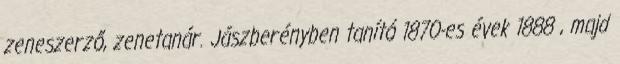
zeneszerző, zenetanár. Jászberényben tanító 1870-es évek 1888 , majd